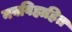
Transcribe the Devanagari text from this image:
नवविहाहित